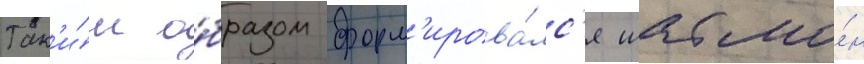
Так'и́м о́бразом форм'ирова́лс'я шабло́н